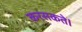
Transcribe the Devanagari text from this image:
करसकते।